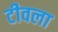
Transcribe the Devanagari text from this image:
टीवला